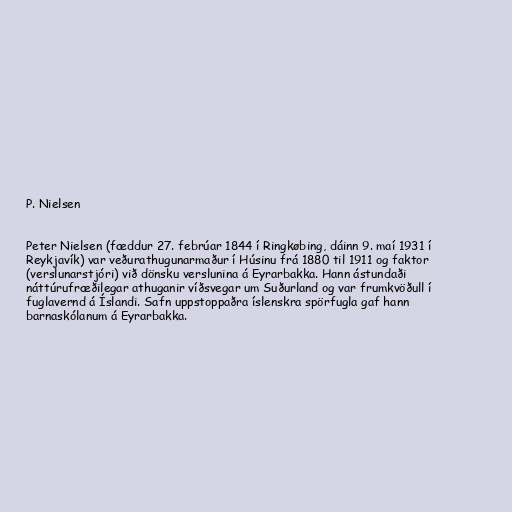
P. Nielsen

Peter Nielsen (fæddur 27. febrúar 1844 í Ringkøbing, dáinn 9. maí 1931 í
Reykjavík) var veðurathugunarmaður í Húsinu frá 1880 til 1911 og faktor
(verslunarstjóri) við dönsku verslunina á Eyrarbakka. Hann ástundaði
náttúrufræðilegar athuganir víðsvegar um Suðurland og var frumkvöðull í
fuglavernd á Íslandi. Safn uppstoppaðra íslenskra spörfugla gaf hann
barnaskólanum á Eyrarbakka.